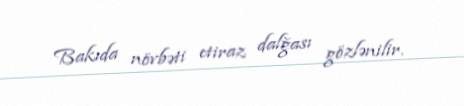
Bakıda növbəti etiraz dalğası gözlənilir.